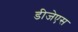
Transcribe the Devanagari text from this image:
डीजेएस